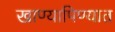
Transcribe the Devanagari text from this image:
खाण्यापिण्यात